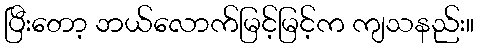
ပြီးတော့ ဘယ်လောက်မြင့်မြင့်က ကျသနည်း။